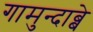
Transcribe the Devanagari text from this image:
गामुन्दाब्बे